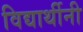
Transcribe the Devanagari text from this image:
विद्यार्थीनी